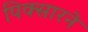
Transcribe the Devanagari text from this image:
पिक्सारने